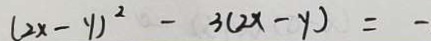
( 2 x - y ) ^ { 2 } - 3 ( 2 x - y ) = -